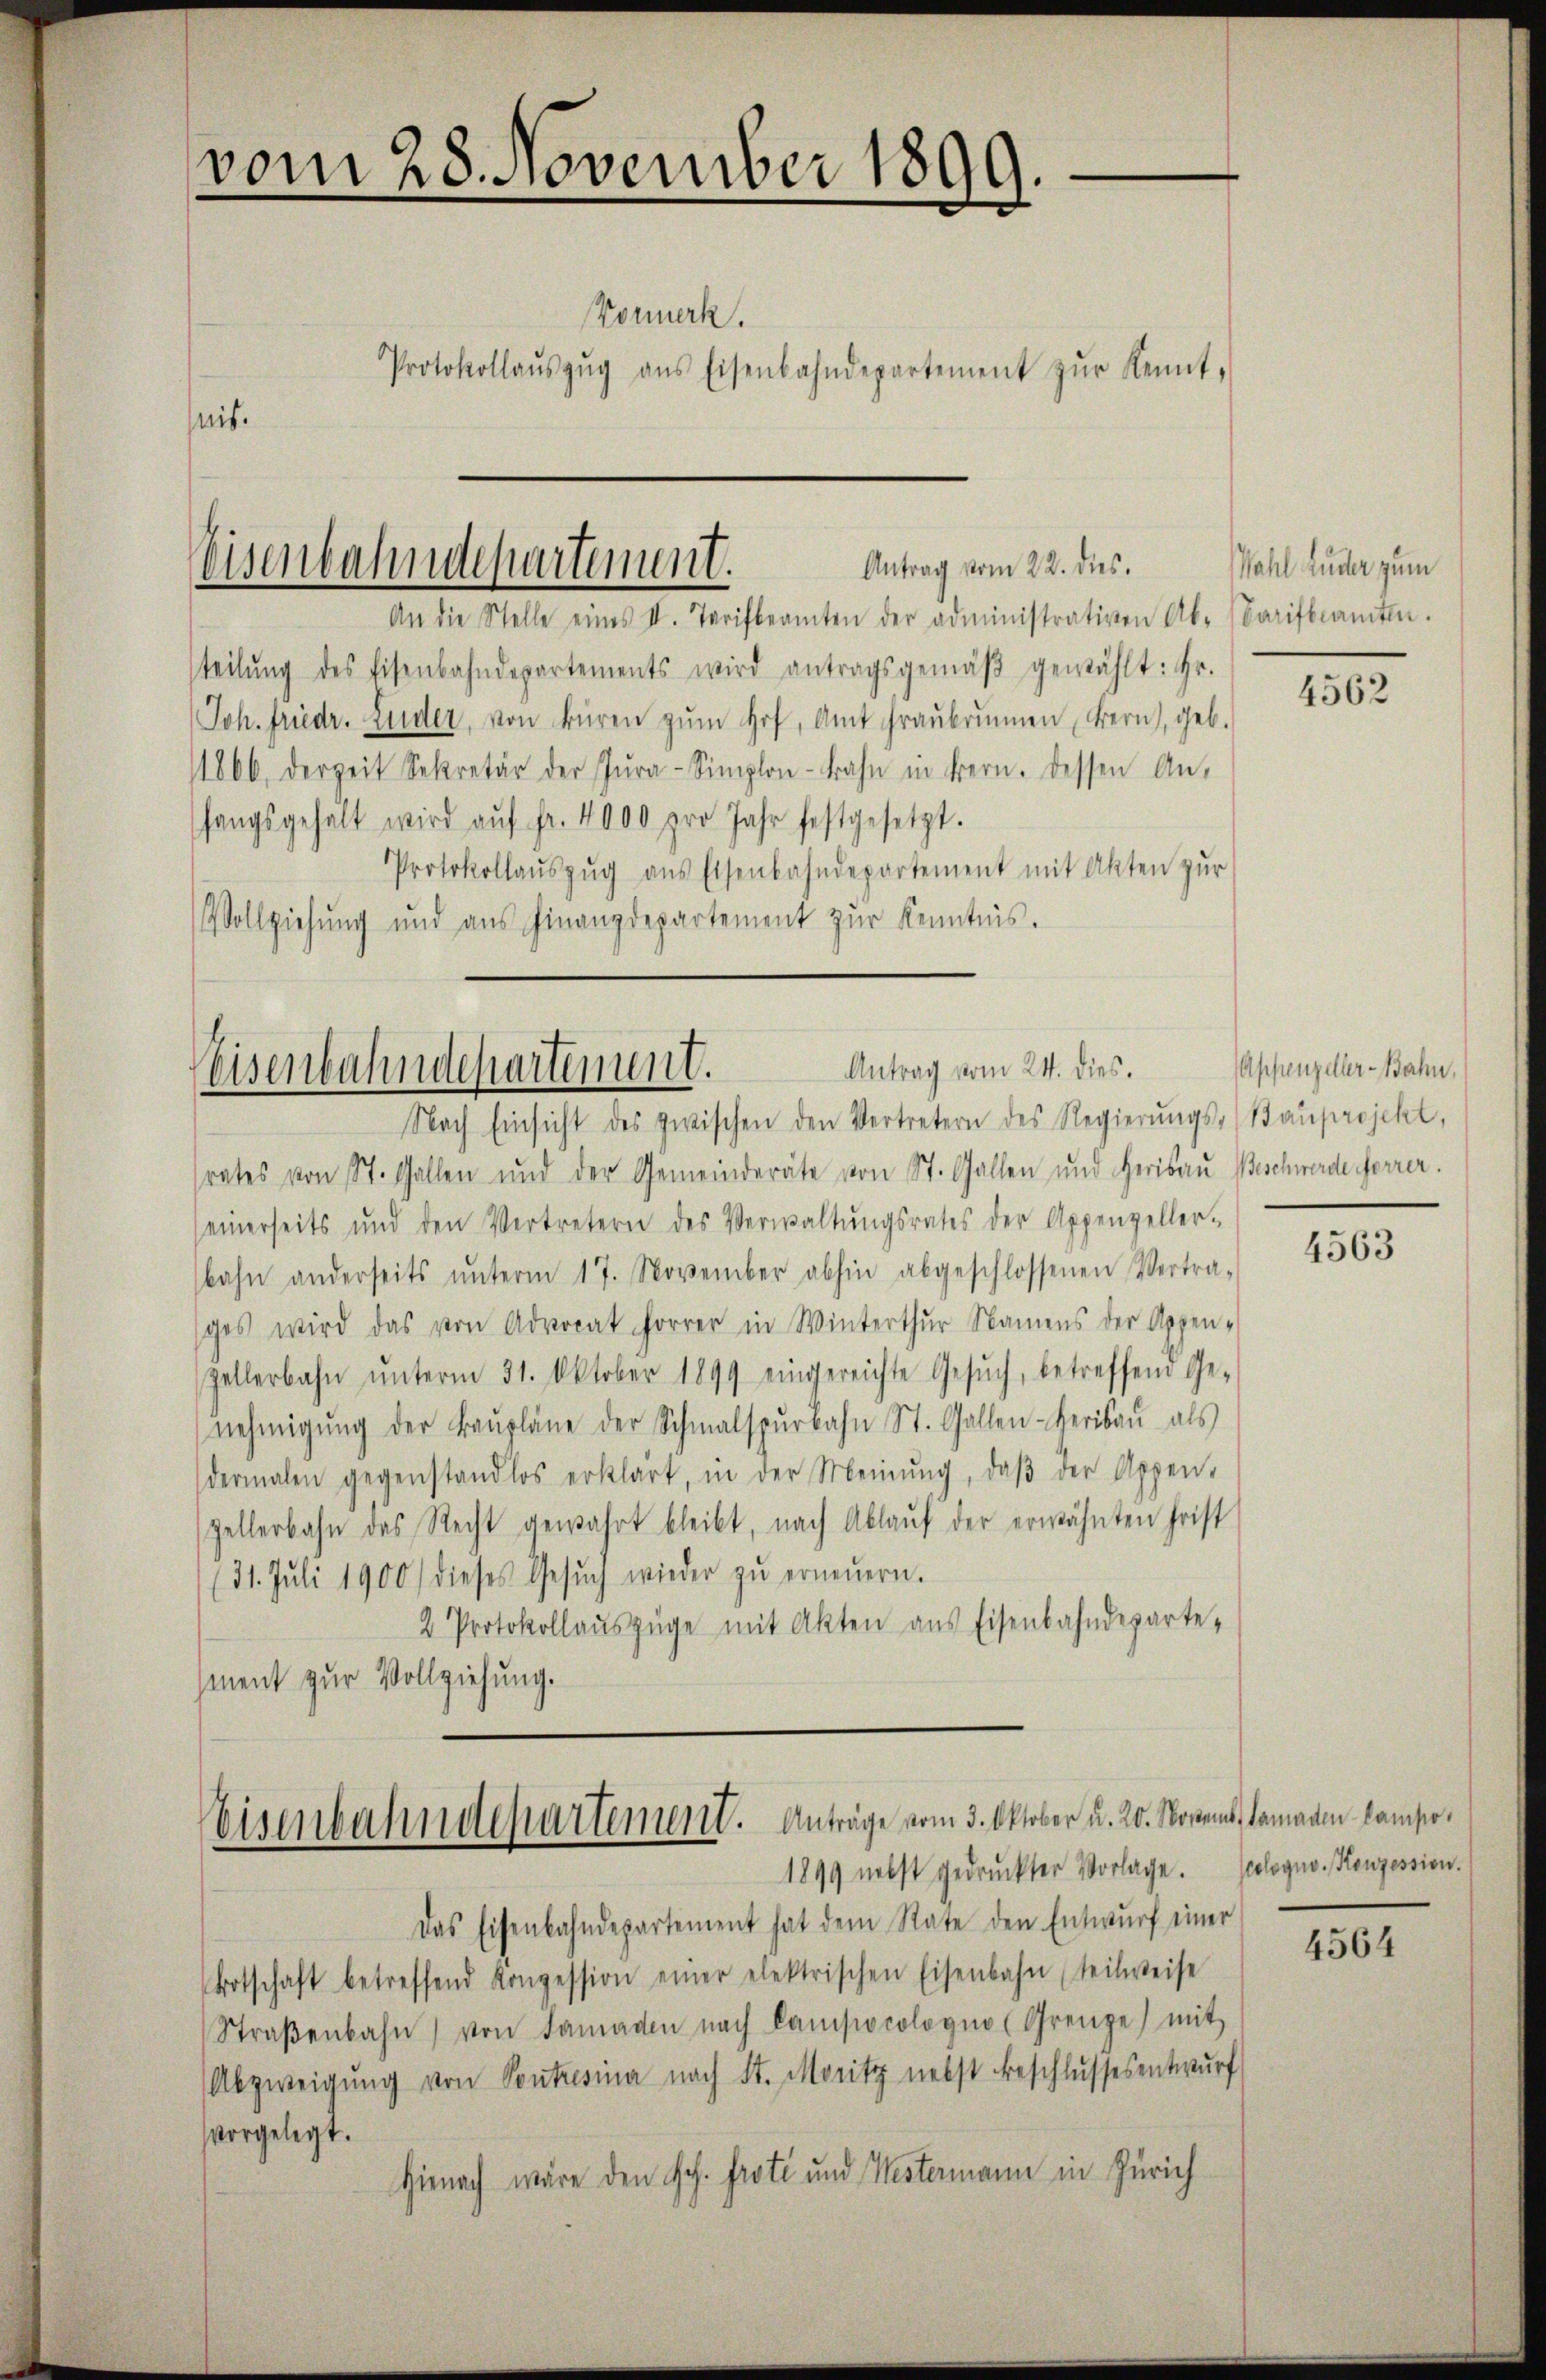
vom 28. November 1899.

nis.

Vormerk.
Protokollaŭszŭg ans Eisenbahndepartement zŭr Kennt-

An die Stelle eines II. Tarifbeamten der administrativen Ab- (Barifbeamten.
steilŭng des Eisenbahndepartements wird antragsgemäβ gewählt: Hr.
Joh. Friedr. Luder, von Büren zŭm Hof, Amt Graubrunnen, Bern, geb.
1866, derzeit Sekretär der Zŭra-Simplon-Bahn in Bern. Dessen An-
hangsgehalt wird aŭf fr. 4000 pro Jahr festgesetzt.
Protokollaŭszŭg ans Eisenbahndepartement mit Akten zŭr
Vollziehŭng und aŭs Finanzdepartement zŭr Kenntnis.

Antrag vom 22. des
Visenbahndepartement.

Antrag vom 24. dies.
Eisenbahndepartement.
Nach Einsicht des zwischen den Vertretern des Regierŭngs- (Bauprojekt,

Eisenbahndepartement. Anträge vom 3. Oktober u. 20. Novem
1899 nebst gedruckter Vorlage. Geologno. Konzession.

srates von St. Gallen und der Gemeinderäte von St. Gallen und Herisau Beschwerde Forrer.
seinerseits und den Vertretern des Verwaltŭngsrates der Appenzeller-
bahn anderseits ŭnterm 17. November abhin abgeschlossenen Vertra-
ges wird das von Advocat horrer in Winterthur Namens der Appen-
Zellerbahn ŭnterm 31. Oktober 1899 eingereichte Gesŭch, betreffend Ge-
nehmigŭng der Baŭpläne der Schmalspŭrbahn St. Gallen-Herisaŭ als
dermalen gegenstandlos erklärt, in der Meinŭng, daβ der Appen-
Zellerbahn des Recht gewahrt bleibt, nach Ablaŭf der erwähnten Frist
(31. Juli 1900) dieses Gesŭch wieder zŭ erneŭern.
2 Protokollauszüge mit Akten aus Eisenbahndeparte,
ment zur Vollziehung.

Das Eisenbahndepartement hat dem Rate den Entwŭrf einer
Botschaft betreffend Konzession einer elektrischen Eisenbahn teilweise
Straβenbahn von Samaden nach Campocologna (Grenze) mit
Abzweigŭng von Soutresina nach St. Moritz nebst Beschlŭssesentwŭrf
vorgelegt.
Hienach wäre den Joh. Prote und Westermann in Zürich

Wahl Luder zum

4562

Appenzeller-Bahn,

4563

us. Samaden Campo

4564